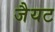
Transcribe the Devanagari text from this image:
जैयट